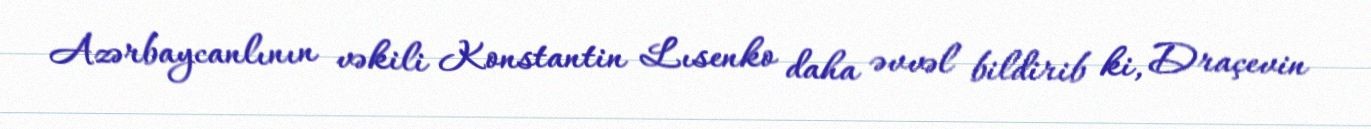
Azərbaycanlının vəkili Konstantin Lısenko daha əvvəl bildirib ki, Draçevin